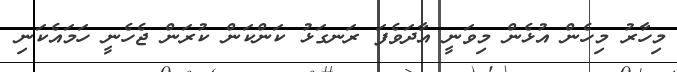
މިހާރު މިހެން އުޅެން މިވަނީ އާދަވެފަ ރަނގަޅު ކަންކަން ކުރަން ޖެހެނީ ހަމައެކަނި